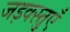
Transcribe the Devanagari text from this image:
जड़वस्तुएँ